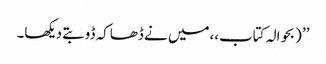
’’ (بحوالہ کتاب،،میں نے ڈھاکہ ڈوبتے دیکھا۔